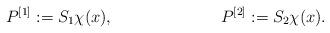
LaTeX: \begin{align*}P^{[1]}&:=S_1\chi(x), & P^{[2]}&:=S_2\chi(x).\end{align*}